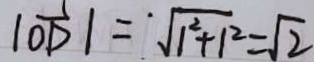
\vert \overrightarrow { O D } \vert = ^ { \cdot } \sqrt { 1 ^ { 2 } + 1 ^ { 2 } } = \sqrt { 2 }